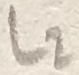
Text: L2